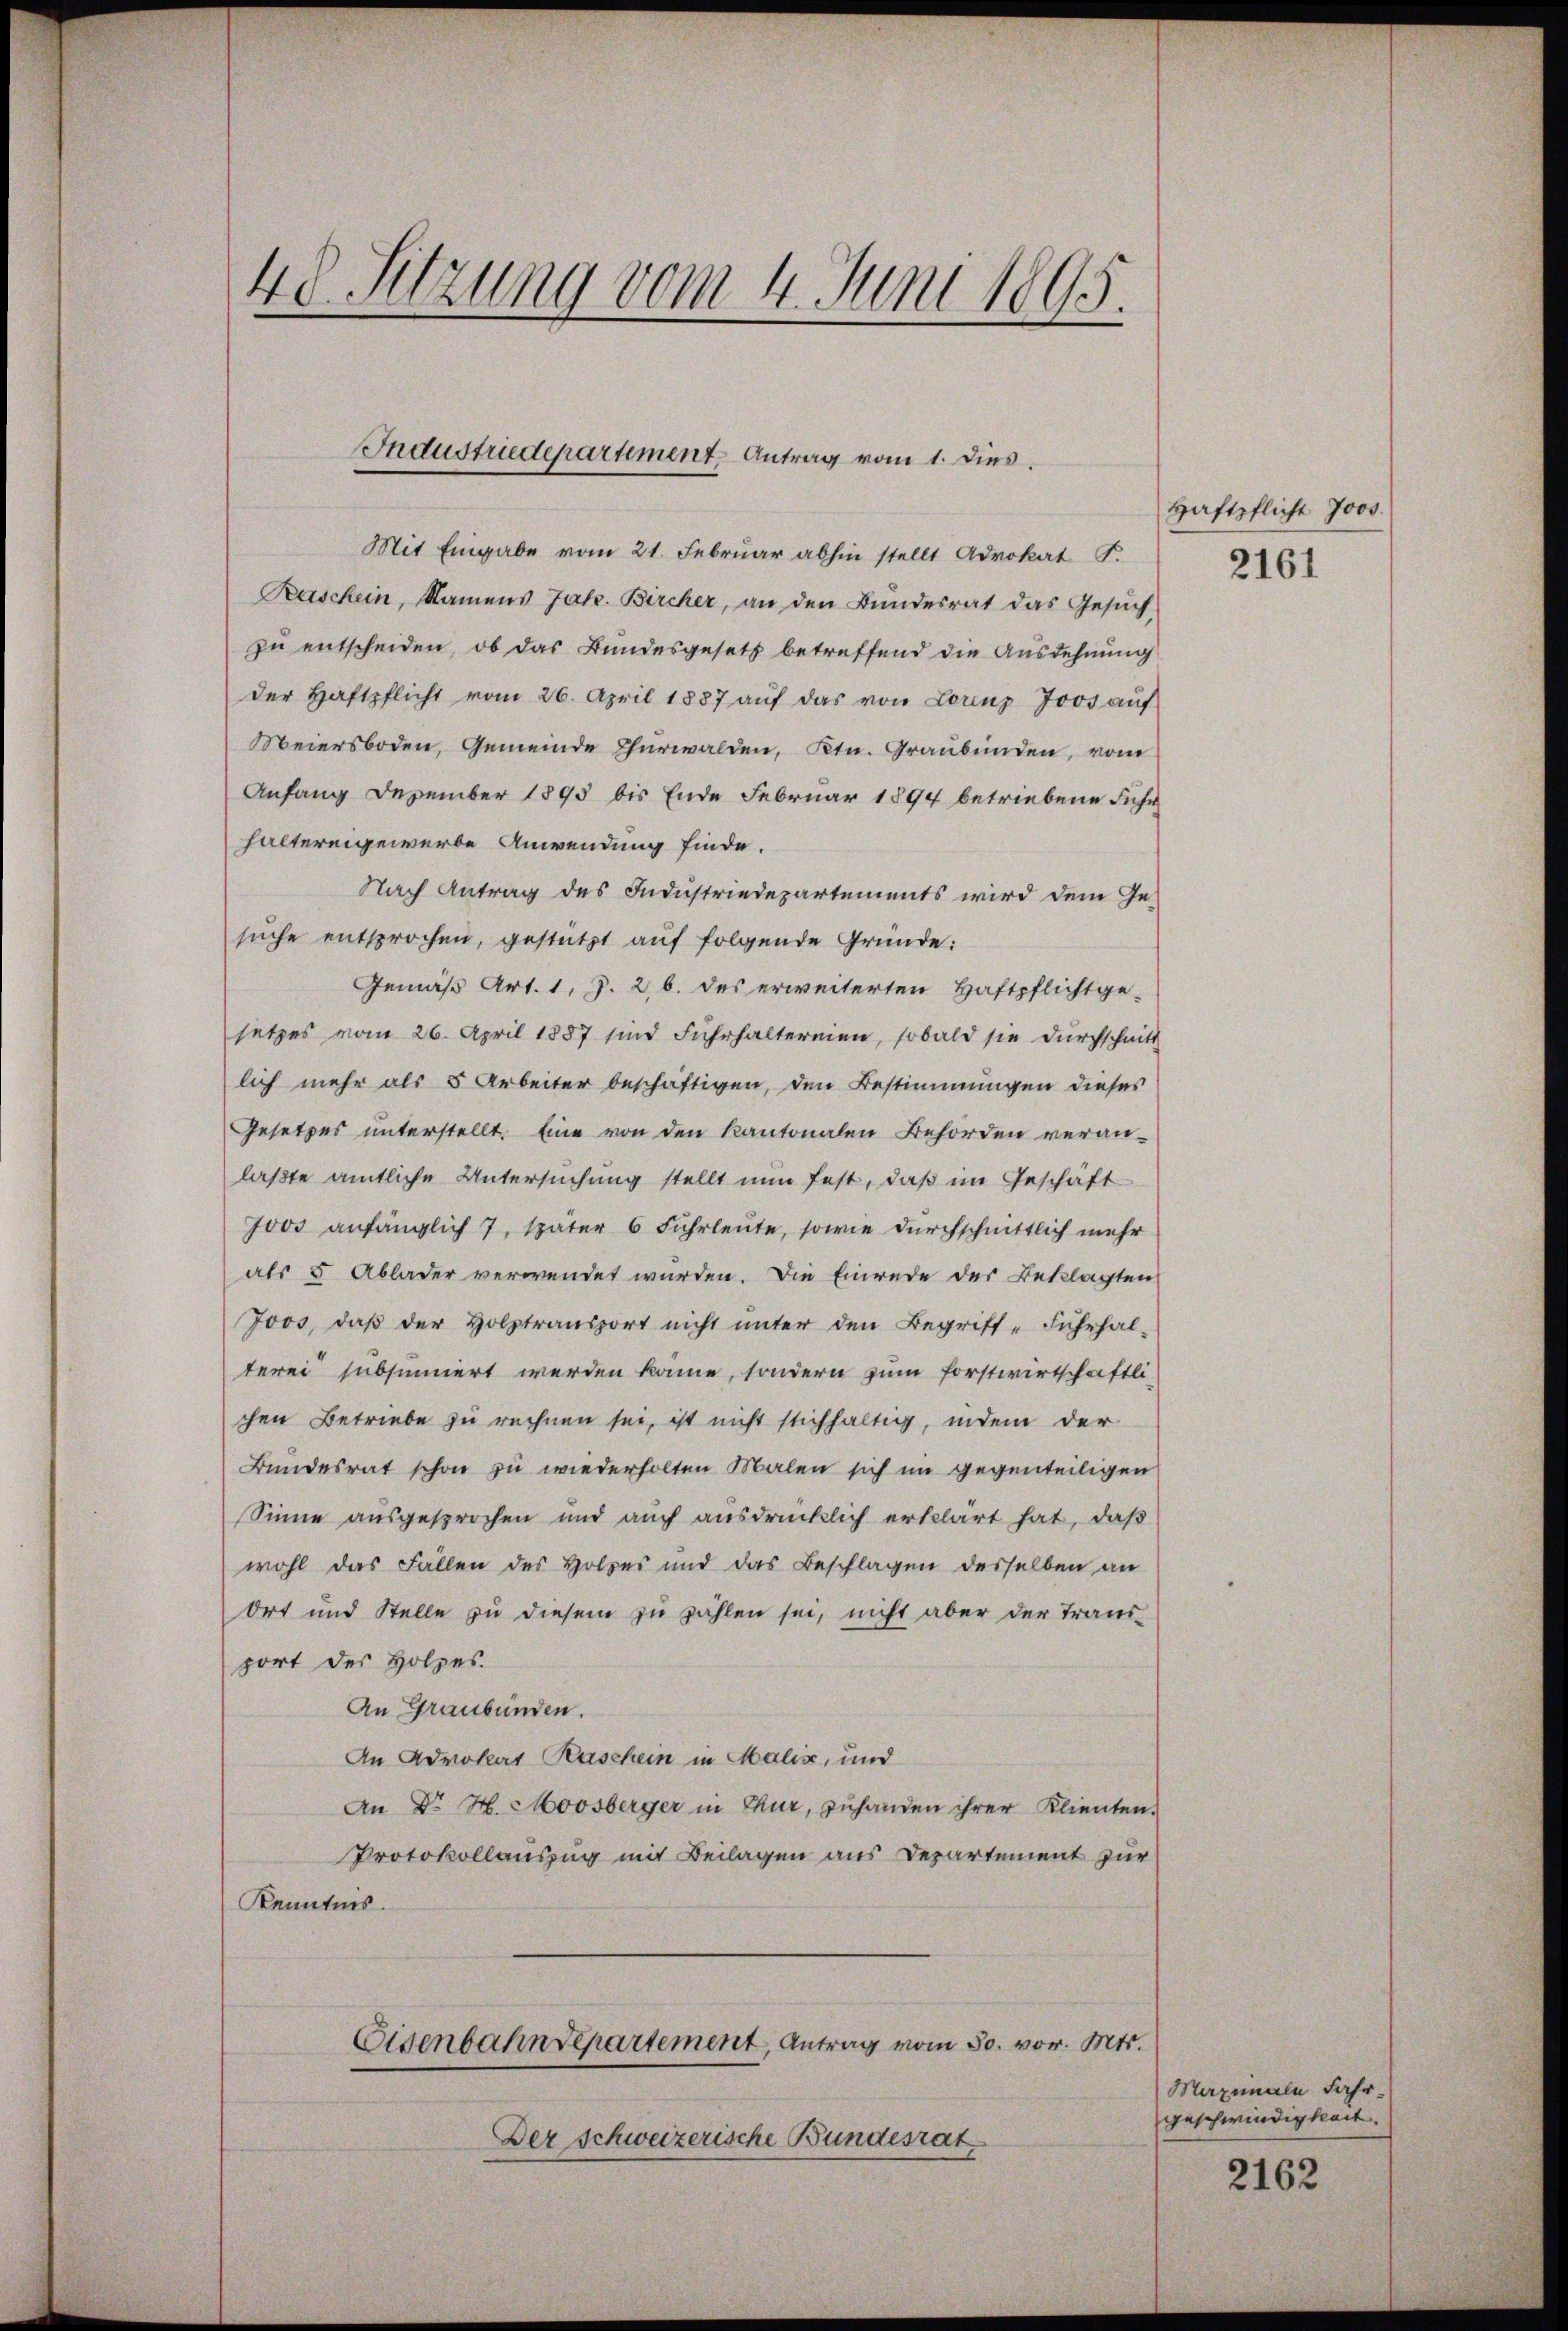
48. Setzung vom 4. Juni 1895.

Industriedepartement. Antrag vom 1. dies.

Mit Eingabe vom 21. Februar abhin stellt Advokat S.
Raschein, Namens Jak. Bircher, an den Bundesrat das Gesuch
zu entscheiden, ob das Bundesgesetz betreffend die Ausdehnung
der Haftpflicht vom 26. April 1887 aŭf das von Lorenz Joos aŭf
Meiersboden, Gemeinde Thürwalden, Ktn. Graubünden, vom
Anfang Dezember 1893 bis Ende Februar 1894 betriebene Führ
haltereigewerbe Anwendung finde.
Nach Antrag des Industriedepartements wird dem Ge-
suche entsprochen, gestützt auf folgende Gründe:
Gemäß Art. 1, J. 2, b. des erweiterten Haftpflicht ge-
setzes vom 26. April 1887 sind Fuhrhalternien, sobald sie durchschnitt
lich mehr als 5 Arbeiter beschäftigen, den Bestimmungen dieses
Gesetzes unterstellt. Eine von den Kantonalen Behörden veran-
laßte amtliche Untersuchung stellt nun fest, daß im Geschäft
7000 anfänglich 7, später 6 Fuhrleute, sowie durchschnittlich mehr
als 5 Ablader verwendet wurden. Die Einrede der Beklagten
Joos, daβ der Holztransport nicht ŭnter den Begriff- Fŭhrhal-
terei subsinnert werden könne, sondern zum Forstwirtschaftli-
chen Betriebe zu rechnen sei, ist nicht stichhaltig, indem der
Bundesrat schon zu wiederholten Malen sich im gegenteiligen
Sinne ausgesprochen und auch ausdrücklich erklärt hat, daß
wohl das Fallen des Holzes und das Beschlagen desselben an
Ort und Stelle zu diesem zu zählen sei, nicht aber der Traus-
port des Holzes.
An Graubünden.
An Advokat Raschein in Malix, und
An Dr. H. Moosberger in Thur, zuhanden ihrer Klienten.
Protokollauszug mit Beilagen aus Departement zur
Kenntnis.
Eisenbahndepartement, Antrag vom 30. vor. Mts.
Der Schweizerische Bundesrat

Haftpflicht Jos.

2161

Maximale Fahrgeschwindigkeit.

2162